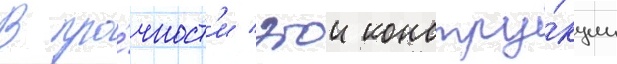
В про́чност'и этои констру́кции